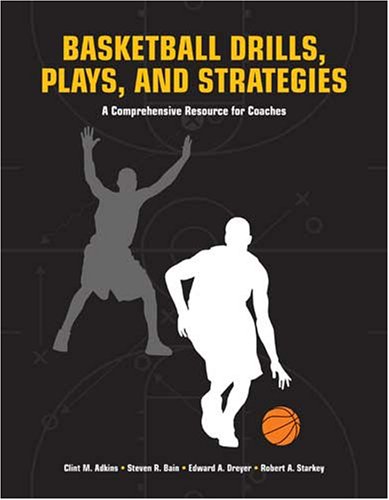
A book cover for Basketball Drills, Plays and Strategies: A Comprehensive Resource for Coaches; Clint Adkins; Sports & Outdoors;